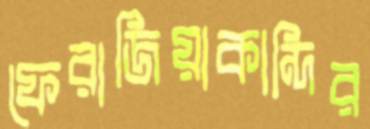
ফেরাজিয়াকান্দির